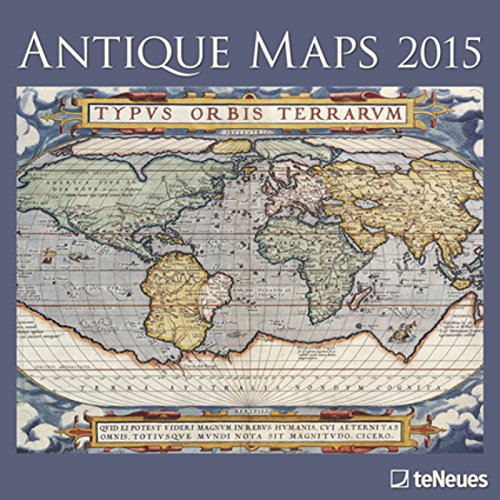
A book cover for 2015 Antique Maps 30x30 Grid Calendar; Calendars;